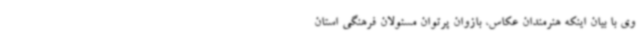
وی با بیان اینکه هنرمندان عکاس، بازوان پرتوان مسئولان فرهنگی استان